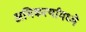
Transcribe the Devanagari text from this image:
अभिकर्त्यांमध्ये